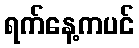
ရက်နေ့ကပင်